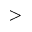
>